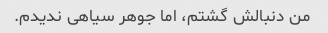
من دنبالش گشتم، اما جوهر سیاهی ندیدم.